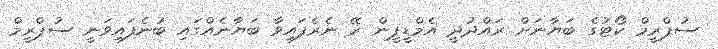
ސުޕްރީމް ކޯޓުގެ ބަޔާނަށް ރައްދުދީ އެމްޑީޕީން ރޭ ނެރެފައިވާ ބަޔާނެއްގައި ބުނެފައިވަނީ ސުޕްރީމް